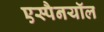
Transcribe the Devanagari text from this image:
एस्पैनयॉल